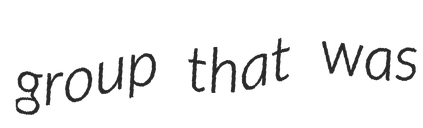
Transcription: group that was